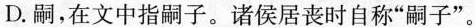
D.嗣，在文中指嗣子。诸侯居丧时自称”嗣子”。